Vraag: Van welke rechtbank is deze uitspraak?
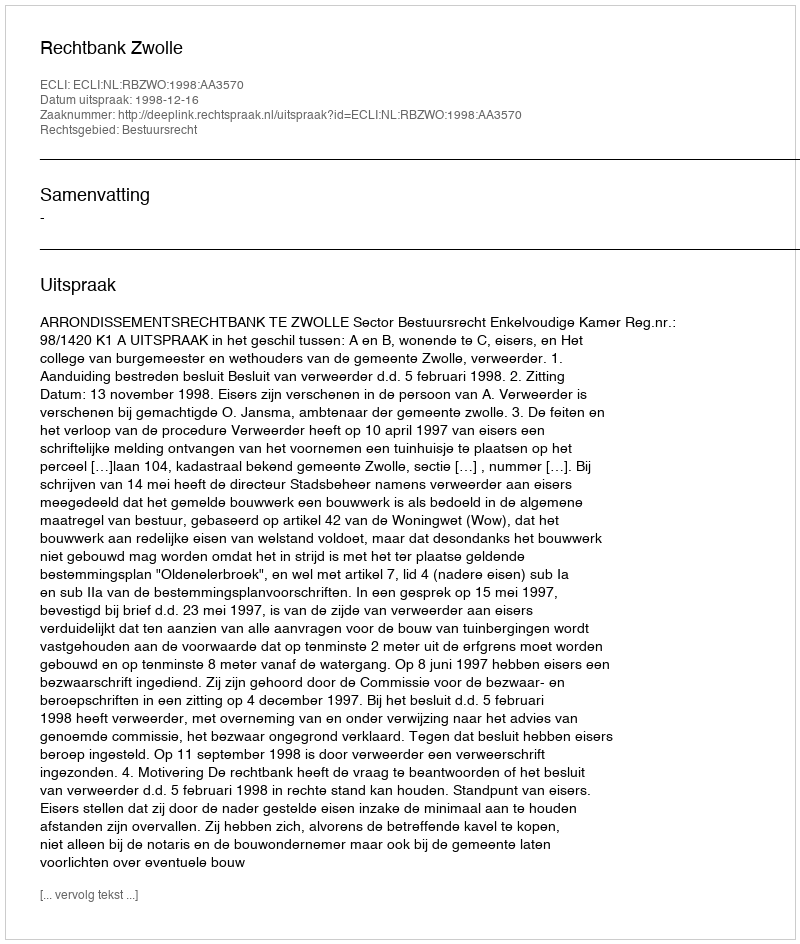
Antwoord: Rechtbank Zwolle